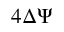
4 \Delta \Psi